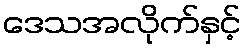
ဒေသအလိုက်နှင့်